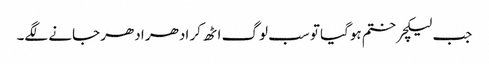
جب لیکچر ختم ہوگیا تو سب لوگ اٹھ کر ادھر ادھر جانے لگے۔